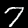
Label: 7